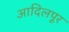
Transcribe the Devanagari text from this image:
आदिलपूर